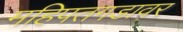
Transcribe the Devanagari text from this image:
महिपतगडावर